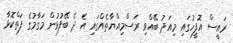
ރައީސް އޮފީހުގައި މިއަދު ބޭއްވި ރަސްމިއްޔާތެއްގައި އެ ދެ ބޭފުޅުން މަގާމުގެ ފަތްކޮޅާ